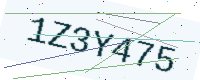
Text: 1Z3Y475